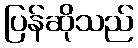
ပြန်ဆိုသည်